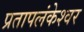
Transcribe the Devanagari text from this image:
प्रतापलंकेश्वर